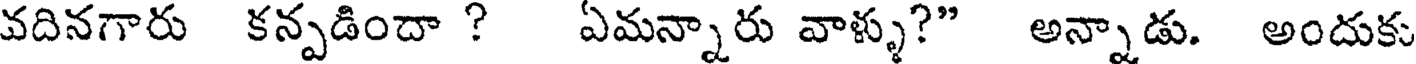
వదినగారు కన్పడిందా ? ఏమన్నారు వాళ్ళు?" అన్నాడు. అందుకు